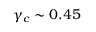
\gamma _ { c } \sim 0 . 4 5